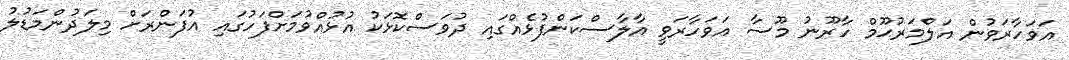
އަވަހާރަވުން އަލްމަރުޙޫމް ހާރޫނު މޫސާ އަވަހާރަވީ އާލާސްކަންފުޅެއްގައި ދުވަސްކޮޅަކު އުޅުއްވުމަށްފަހުގައި އުފަންރަށް މިލަދުންމަޑުލު